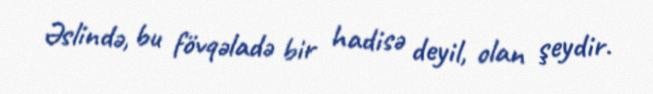
Əslində, bu fövqəladə bir hadisə deyil, olan şeydir.